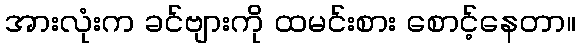
အားလုံးက ခင်ဗျားကို ထမင်းစား စောင့်နေတာ။